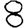
Digit: 8